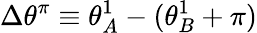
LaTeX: \Delta\theta^{\pi}\equiv\theta_{A}^{1}-(\theta_{B}^{1}+\pi)